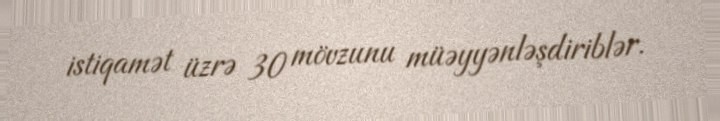
istiqamət üzrə 30 mövzunu müəyyənləşdiriblər.